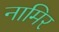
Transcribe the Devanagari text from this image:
नामिर